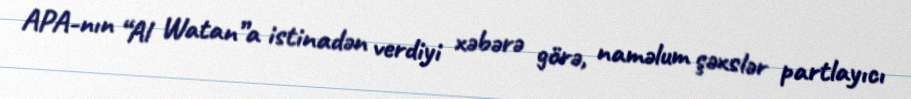
APA-nın “Al Watan”a istinadən verdiyi xəbərə görə, naməlum şəxslər partlayıcı